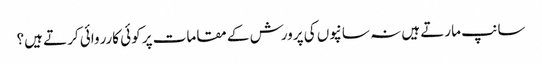
سانپ مارتے ہیں نہ سانپوں کی پرورش کے مقامات پر کوئی کارروائی کرتے ہیں؟